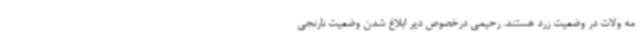
مه‌ ولات در وضعیت زرد هستند. رحیمی درخصوص دیر ابلاغ شدن وضعیت نارنجی